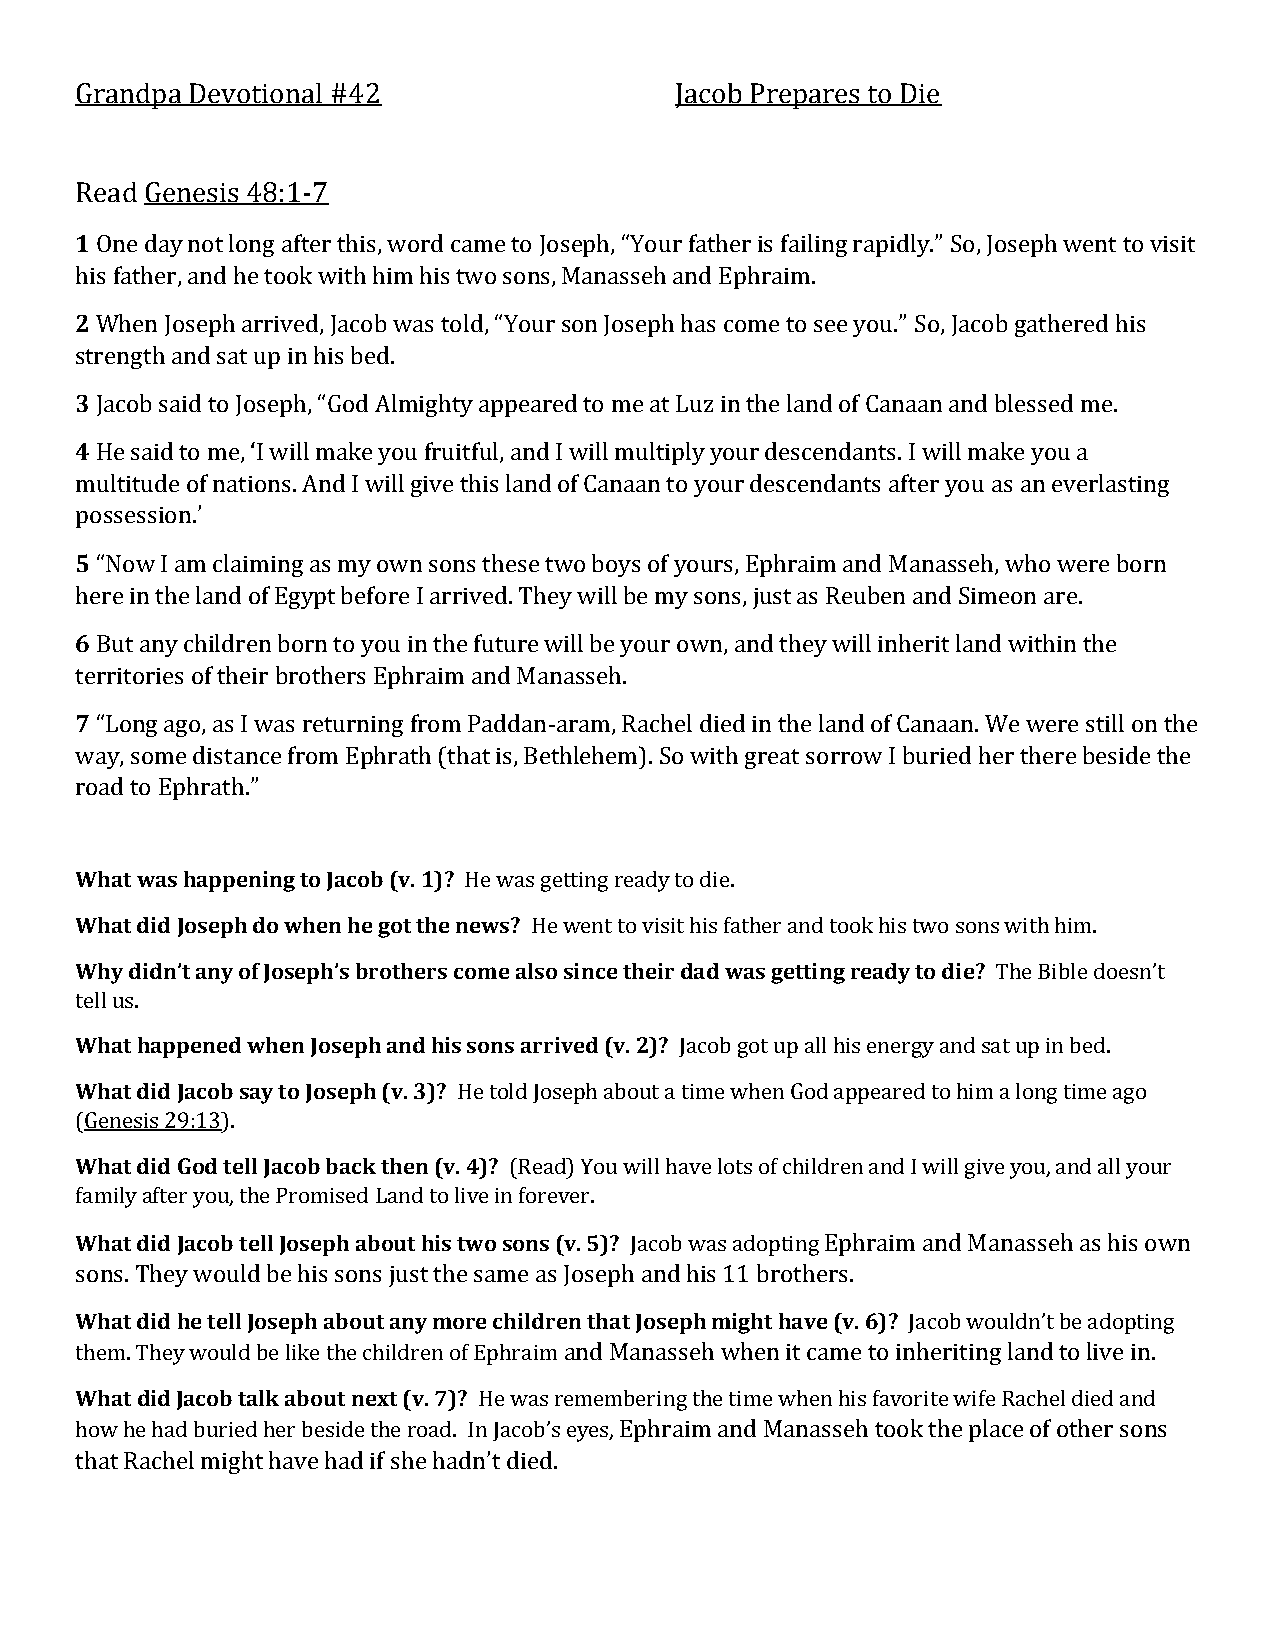
Grandpa Devotional #42                  Jacob Prepares to Die
 Read Genesis 48:1-7
 1 One day not long after this, word came to Joseph, “Your father is failing rapidly.” So, Joseph went to visit
 his father, and he took with him his two sons, Manasseh and Ephraim.
 2 When Joseph arrived, Jacob was told, “Your son Joseph has come to see you.” So, Jacob gathered his
 strength and sat up in his bed.
 3 Jacob said to Joseph, “God Almighty appeared to me at Luz in the land of Canaan and blessed me.
 4 He said to me, ‘I will make you fruitful, and I will multiply your descendants. I will make you a
 multitude of nations. And I will give this land of Canaan to your descendants after you as an everlasting
 possession.’
 5 “Now I am claiming as my own sons these two boys of yours, Ephraim and Manasseh, who were born
 here in the land of Egypt before I arrived. They will be my sons, just as Reuben and Simeon are.
 6 But any children born to you in the future will be your own, and they will inherit land within the
 territories of their brothers Ephraim and Manasseh.
 7 “Long ago, as I was returning from Paddan-aram, Rachel died in the land of Canaan. We were still on the
 way, some distance from Ephrath (that is, Bethlehem). So with great sorrow I buried her there beside the
 road to Ephrath.”
 What was happening to Jacob (v. 1)? He was getting ready to die.
 What did Joseph do when he got the news? He went to visit his father and took his two sons with him.
 Why didn’t any of Joseph’s brothers come also since their dad was getting ready to die? The Bible doesn’t
 tell us.
 What happened when Joseph and his sons arrived (v. 2)? Jacob got up all his energy and sat up in bed.
 What did Jacob say to Joseph (v. 3)? He told Joseph about a time when God appeared to him a long time ago
 (Genesis 29:13).
 What did God tell Jacob back then (v. 4)? (Read) You will have lots of children and I will give you, and all your
 family after you, the Promised Land to live in forever.
 What did Jacob tell Joseph about his two sons (v. 5)? Jacob was adopting Ephraim and Manasseh as his own
 sons. They would be his sons just the same as Joseph and his 11 brothers.
 What did he tell Joseph about any more children that Joseph might have (v. 6)? Jacob wouldn’t be adopting
 them. They would be like the children of Ephraim and Manasseh when it came to inheriting land to live in.
 What did Jacob talk about next (v. 7)? He was remembering the time when his favorite wife Rachel died and
 how he had buried her beside the road. In Jacob’s eyes, Ephraim and Manasseh took the place of other sons
 that Rachel might have had if she hadn’t died.